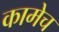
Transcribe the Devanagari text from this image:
कामेच